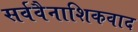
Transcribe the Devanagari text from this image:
सर्ववैनाशिकवाद